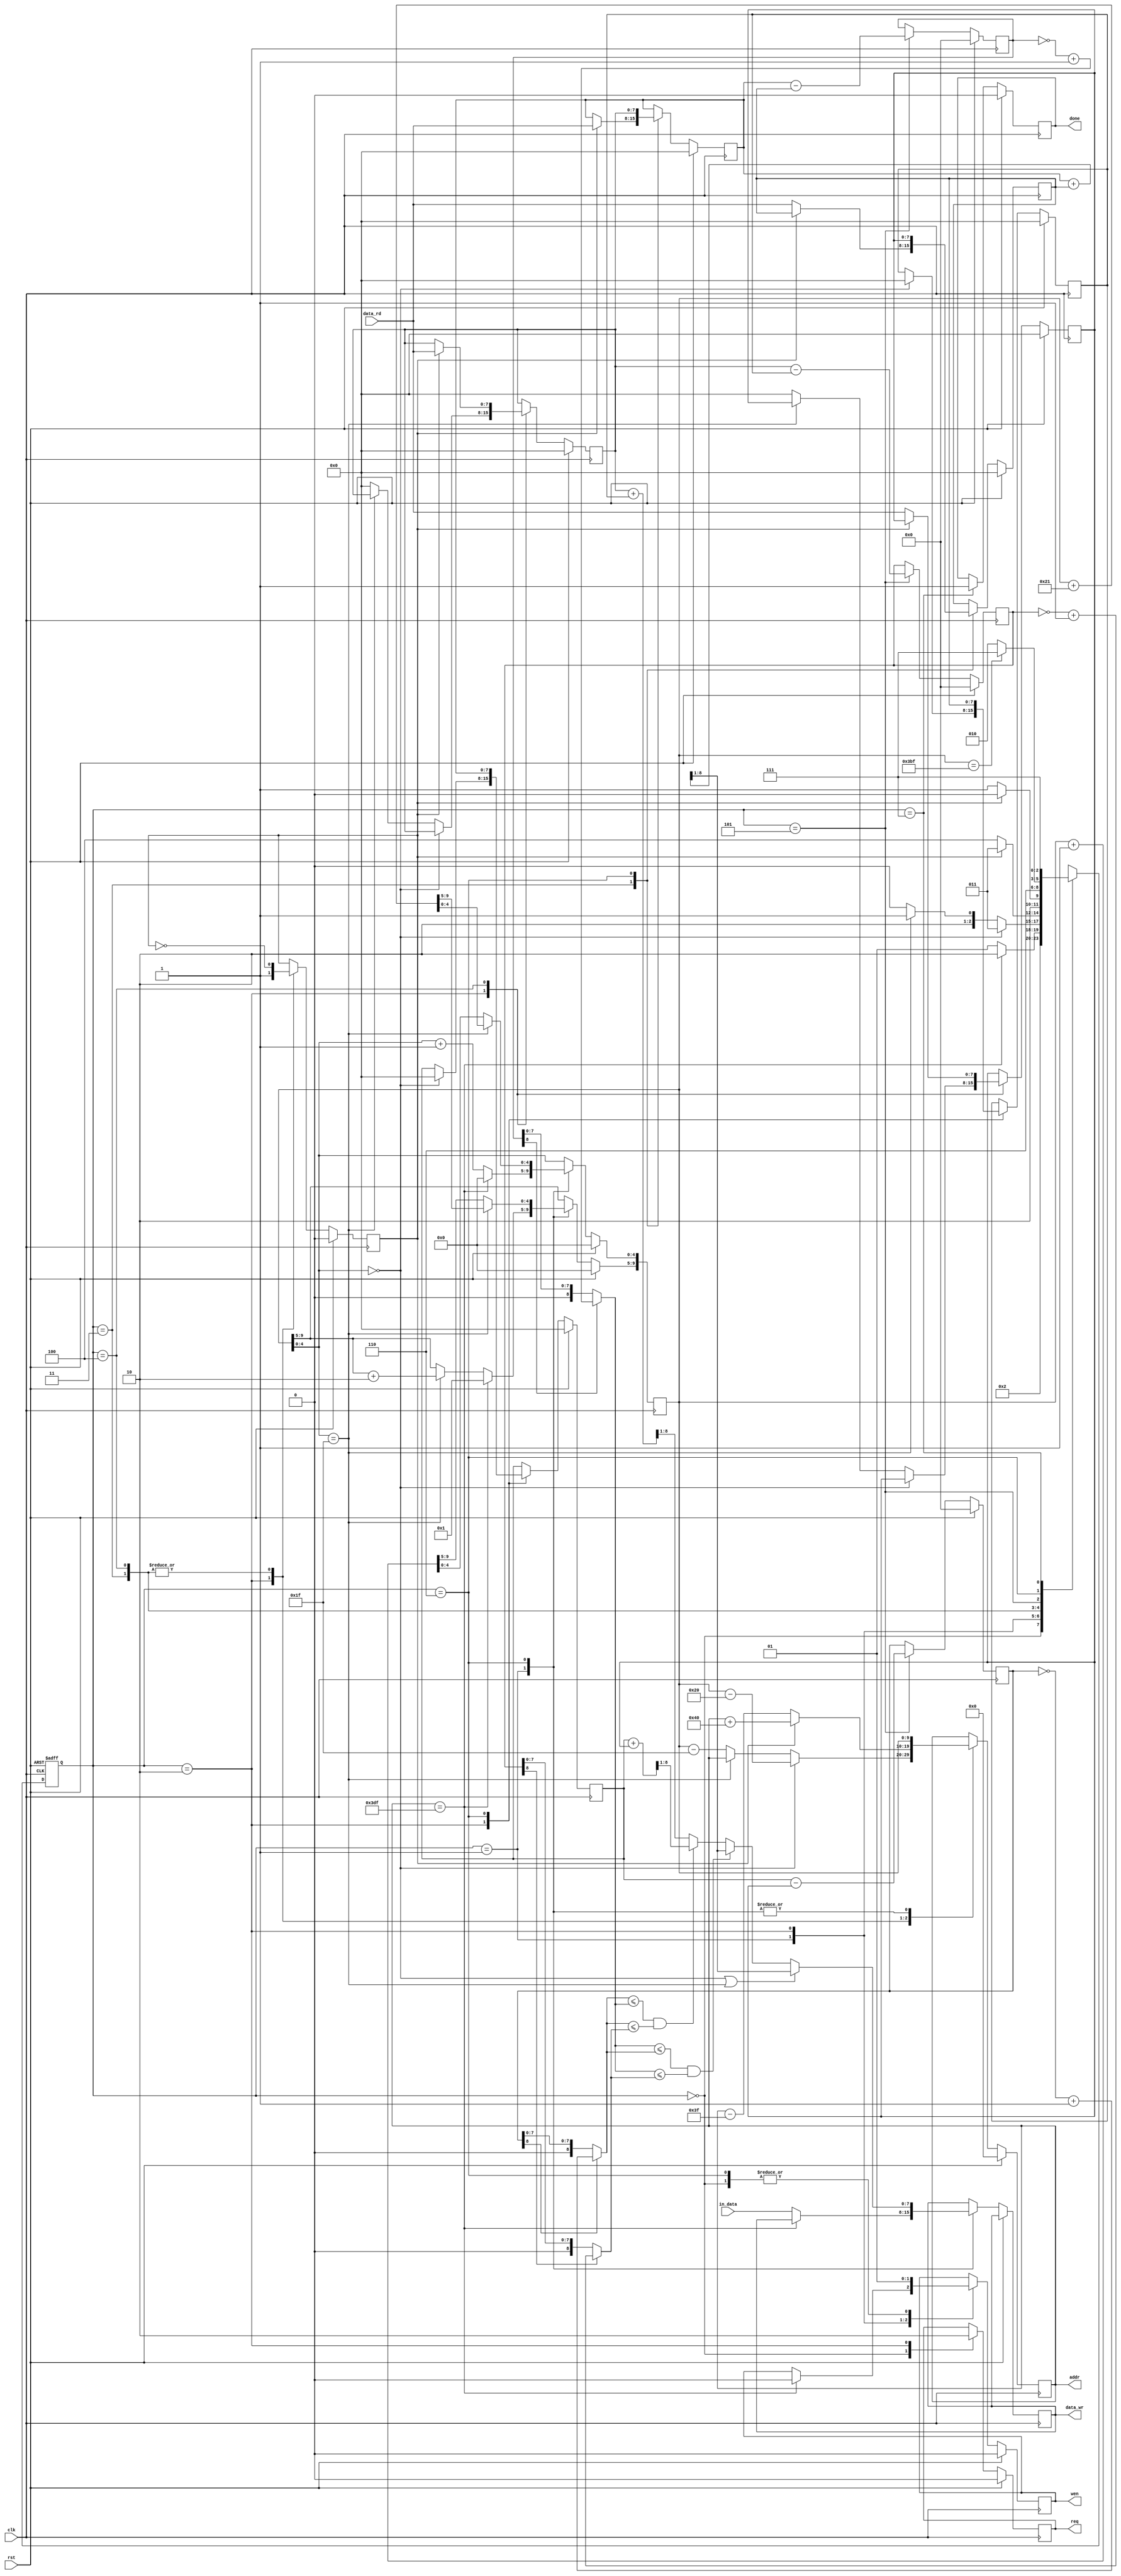
`timescale 1ns/10ps

module ELA(clk, rst, in_data, data_rd, req, wen, addr, data_wr, done);

	input				clk;
	input				rst;
	input		[7:0]	in_data;
	input		[7:0]	data_rd;
	output				req;
	output				wen;
	output		[9:0]	addr;
	output		[7:0]	data_wr;
	output				done;

	reg					req;
	reg					wen;
	reg			[9:0]	addr;
	reg			[7:0]	data_wr;
	reg					done;
	// Register for States
	reg 		[2:0] 	next_state, curr_state;
	// Two Neighboring Points
	reg 				first;
	// Position of Pixels
	reg 		[9:0] 	pixel;
	// Neighboring Points
	reg 		[7:0]	a;
	reg 		[7:0]	b;
	reg 		[7:0]	c;
	reg 		[7:0]	d;
	reg 		[7:0]	e;
	reg 		[7:0]	f;
	// Minimum Value from D1 to D3
	reg 		[7:0] 	min;
	// D values
	reg 		[8:0] 	D1, D2, D3;
	wire 		[8:0] 	D1_abs, D2_abs, D3_abs;
	// Name of states
	parameter 	[2:0] 	write_enable = 3'b000;
	parameter 	[2:0] 	datain_state = 3'b001;
	parameter 	[2:0] 	check_pixels = 3'b010;
	parameter 	[2:0] 	lft_boundary = 3'b011;
	parameter 	[2:0] 	not_boundary = 3'b100;
	parameter 	[2:0] 	Dx_calculate = 3'b101;
	parameter 	[2:0] 	pixels_shift = 3'b110;
	parameter 	[2:0] 	image_finish = 3'b111;

	// State Register
	always @(posedge clk or posedge rst) begin
		if (rst) 
			curr_state <= write_enable;
		else 
			curr_state <= next_state;
	end

	// Next State Logic
	always @(*) begin
		next_state = curr_state;
		case(curr_state)
			write_enable: 
				next_state = datain_state;
			datain_state: 
				// Final Element at 32*31 - 1 = 991
				if (addr == 991) 
					next_state = check_pixels;
				else
					next_state = datain_state;
			check_pixels: begin 
				if(pixel[4:0] == 0) 
					next_state <= lft_boundary;
				// Don't update c, f when facing right boundary(improving time consuming)
				else if(pixel[4:0] == 31) 
					next_state <= Dx_calculate;
				else 
					next_state <= not_boundary;
			end
			lft_boundary: begin
				if (!first) 
					next_state <= not_boundary;
				else
					next_state <= lft_boundary;
			end
			not_boundary: begin
				if (!first) 
					next_state <= Dx_calculate;
				else
					next_state <= not_boundary;
			end
			Dx_calculate: 
				next_state <= pixels_shift;
			pixels_shift: 
				// When facing 32*30 - 1, Finish the ELA
				if (pixel == 959) 
					next_state <= image_finish;
				else
					next_state <= check_pixels;
			image_finish: 
				next_state <= image_finish;
		endcase 
	end

	// Output Logic + Datapath
	always @(posedge clk) begin
		if(rst) begin
			wen <= 0;
			req <= 0;
			addr <= 0;
			first <= 0;
			done <= 0;
			pixel <= 0;
			a <= 0;
			b <= 0;
			c <= 0;
			d <= 0;
			e <= 0;
			f <= 0;
			D1 <= 0;
			D2 <= 0;
			D3 <= 0;

		end
		else begin
			case(curr_state) 
				write_enable: begin
					wen <= 1;
					req <= 1;
				end
				datain_state: begin // from img to gray
					addr <= pixel;
					if (addr == 991) begin
						wen <= 0;
						pixel <= 32;
					end
					else begin
						if(pixel[4:0] == 31) 
							pixel[9:5] <= pixel[9:5] + 2;
						pixel[4:0] <= pixel[4:0] + 1;
						data_wr <= in_data;
					end
				end
				check_pixels: begin
					wen <= 0;
					req <= 0;
					if(pixel[4:0] == 0) begin
						a <= 0;
						d <= 0;
						addr <= pixel - 32;
					end
					else if(pixel[4:0] == 31) begin
					end
					else begin
						c <= 0;
						f <= 0;
						addr <= pixel - 31;
					end 
					first <= 1;
				end
				lft_boundary: begin
					first <= ~first;
					if(first) begin
						b <= data_rd;
						addr <= addr + 64;
					end
					else begin
						e <= data_rd;
						addr <= addr - 63;
					end
				end
				not_boundary: begin
					first <= ~first;
					if(first) begin
						c <= data_rd;
						addr <= addr + 64;
					end
					else begin
						f <= data_rd;
						addr <= addr - 63;
					end
				end
				Dx_calculate: begin
					D1 <= {1'b0, a} - {1'b0, f};
					D2 <= {1'b0, b} - {1'b0, e};
					D3 <= {1'b0, c} - {1'b0, d};
				end
				pixels_shift: begin
					wen <= 1;
					addr <= pixel;
					// The left and right boundary interpolation is fixed to (b+e)/2
					if(pixel[4:0]==0 || pixel[4:0]==31) 
						data_wr <= ({1'b0,b} + {1'b0,e})>> 1;
					else
						data_wr <= min ;
					// change the row when facing end
					if(pixel[4:0] == 31) 
						pixel <= pixel + 33;
					else 
						pixel <= pixel + 1;
					// Rolling the value
					a <= b;
					b <= c;
					d <= e;
					e <= f;
				end
				image_finish: done <= 1;
			endcase
		end
	end

	// Absolute Value
	assign	D1_abs = D1[8] ? (~D1 + 9'b000000001) : D1;
	assign	D2_abs = D2[8] ? (~D2 + 9'b000000001) : D2;
	assign	D3_abs = D3[8] ? (~D3 + 9'b000000001) : D3;

	always @(*) begin
		// The left and right boundary interpolation is fixed to (b+e)/2
		if(D2_abs <= D1_abs && D2_abs <= D3_abs) begin
			// shift bit for devision
			min = ({1'b0,b} + {1'b0,e}) >> 1;
		end
		else if(D1_abs <= D2_abs && D1_abs <= D3_abs) begin
			min = ({1'b0,a} + {1'b0,f}) >> 1;
		end 
		else begin
			min = ({1'b0,c} + {1'b0,d}) >> 1;
		end
	end

	

endmodule